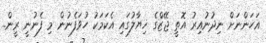
އަހަންނަށް ނިދުނުއިރު އޮތީ ޖޭޒްގެ ޚިޔާލުގައި އެކަމަކު ހުވަފެނުން މި ފެނުނީ ރީން..